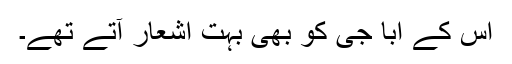
اس کے ابا جی کو بھی بہت اشعار آتے تھے۔